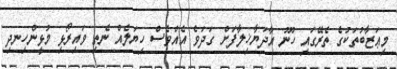
މިޢަޒާބުތަކުގެ ތެރޭގައި ހޫނު އާދަޔާޚިލާފަށް ގަދަވެ އެއްވެސް ހިޔަލެއް ނެތި ވައިރޯޅި މުޅީންހިނދި